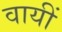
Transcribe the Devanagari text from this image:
वायीं